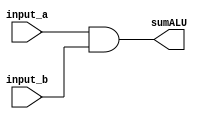
module ALULogicalAnd (
	input [31:0] input_a, input_b,
	output [31:0] sumALU,
	);
	
	reg [31:0] results;
	assign sumALU = results;
	
	
	always @(*)
	begin
		 //Logical and 
           results = input_a & input_b;
          
	end
	
endmodule